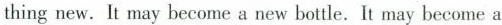
thing new. It may become a new bottle.It may become a